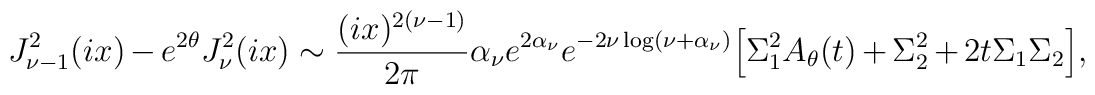
J_{\nu-1}^{2}(ix)-e^{2\theta}J_{\nu}^{2}(ix)\sim {(ix)^{2(\nu-1)}\over 2\pi}\alpha_{\nu}e^{2\alpha_{\nu}}e^{-2\nu \log(\nu+\alpha_{\nu})}\Bigr[\Sigma_{1}^{2}A_{\theta}(t)+\Sigma_{2}^{2}+2t \Sigma_{1}\Sigma_{2}\Bigr],